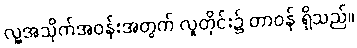
လူ့အသိုက်အဝန်းအတွက် လူတိုင်း၌ တာဝန် ရှိသည်။